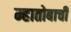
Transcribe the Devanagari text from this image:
म्हातोबाची